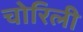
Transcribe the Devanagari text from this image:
चोरिली